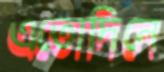
এতোদিনে